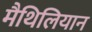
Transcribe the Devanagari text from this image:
मैथिलियान